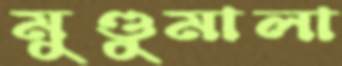
মুণ্ডুমালা